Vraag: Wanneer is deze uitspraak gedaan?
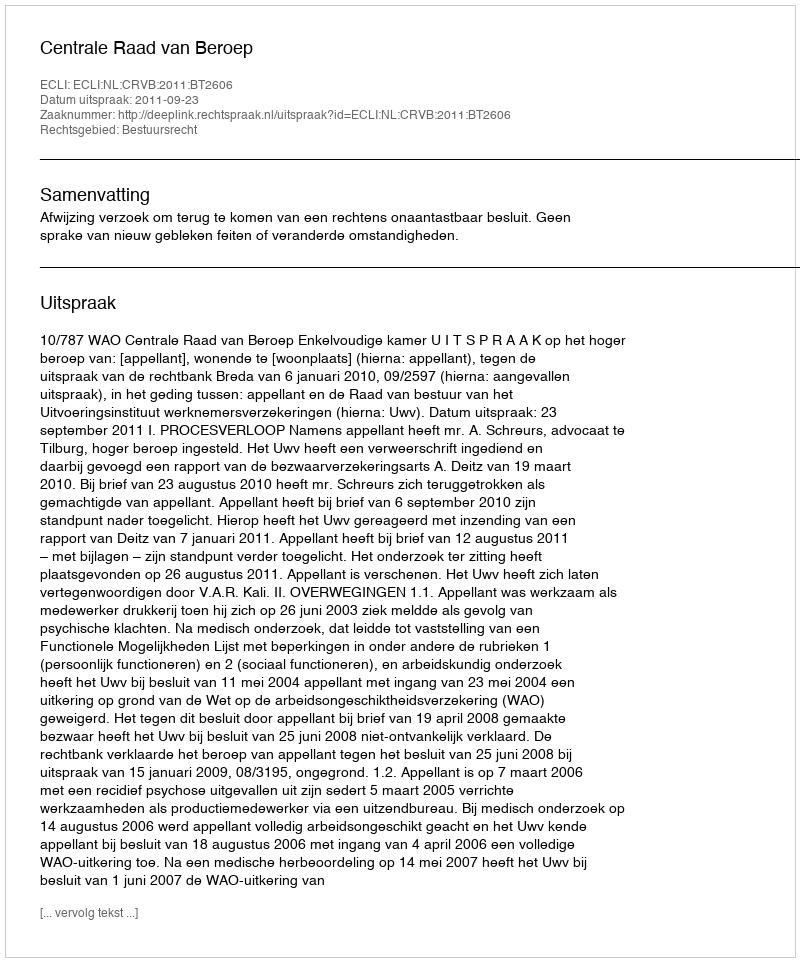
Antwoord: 2011-09-23